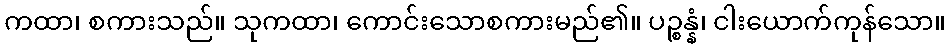
ကထာ၊ စကားသည်။ သုကထာ၊ ကောင်းသောစကားမည်၏။ ပဉ္စန္နံ၊ ငါးယောက်ကုန်သော။